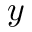
y